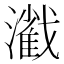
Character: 𤁢